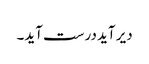
دیر آید درست آید۔